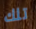
تلك